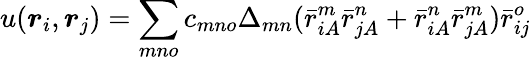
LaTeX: u(\boldsymbol{r}_{i},\boldsymbol{r}_{j})=\sum_{mno}c_{mno}\Delta_{mn}(\bar{r}_{iA}^{m}\bar{r}_{jA}^{n}+\bar{r}_{iA}^{n}\bar{r}_{jA}^{m})\bar{r}_{ij}^{o}